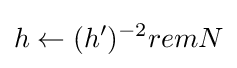
h\leftarrow (h')^{-2}remN